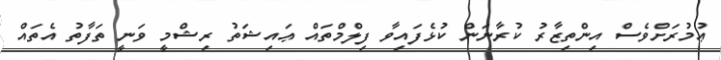
ޢުމުރަށްވެސް އިންތިޒާރު ކުރާނަން ކުޅެފައިވާ ފިލްމްތައް ޢައިޝަތު ރިޝްމީ ވަނީ ތަފާތު އެތައް